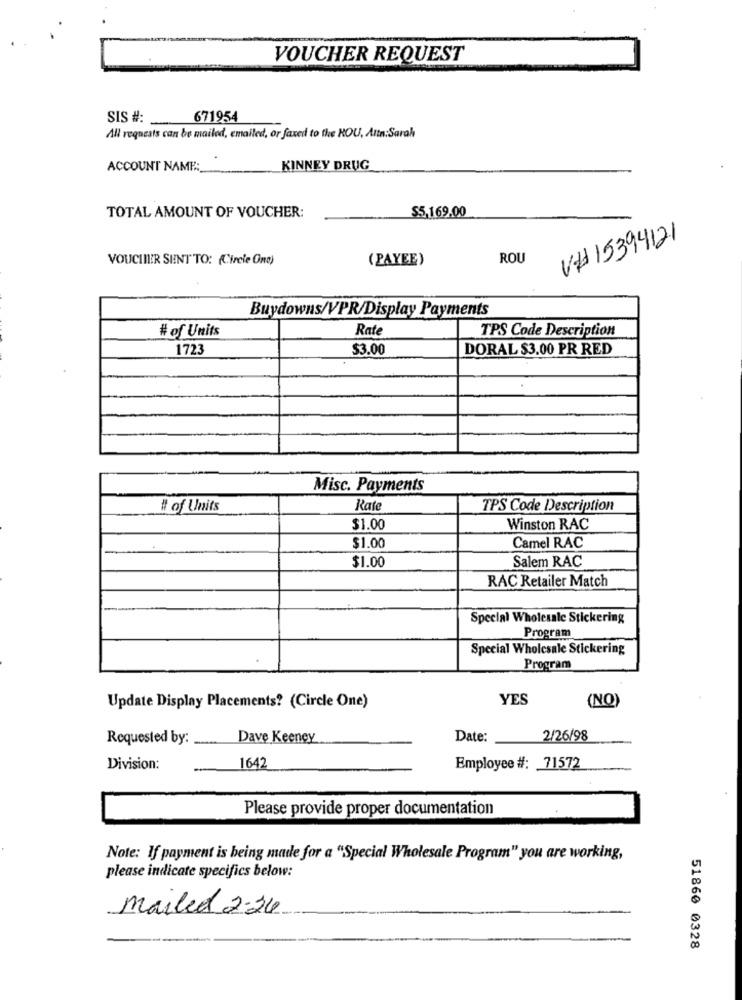
VOUCHER REQUEST
SIS # :_
671954
All requests can be mailed, emailed, or faxed to the HOU, Attn:Sarah
ACCOUNT NAME:
KINNEY DRUG
$5,169.00
TOTAL AMOUNT OF VOUCHER:
V# 15394121
VOUCIIER SENT TO: (Circle Ono)
( PAYEE)
ROU
Buydowns/VPR/Display Payments
# of Units
Rate
TPS Code Description
1723
$3.00
DORAL $3.00 PR RED
Misc. Payments
#l of Units
Rate
TPS Code Description
$1.00
Winston RAC
$1.00
Camel RAC
$1.00
Salem RAC
RAC Retailer Match
Special Wholesale Stickering
Program
Special Wholesale Stickering
Program
YES
(NO)
Update Display Placements? (Circle One)
Requested by:
Dave Keeney
Date:
2/26/98
Division:
-
1642
Employee #: 71572
Please provide proper documentation
Note: If payment is being made for a "Special Wholesale Program" you are working,
please indicate specifics below:
Mailed 2-34
51860 0328